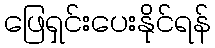
ဖြေရှင်းပေးနိုင်ရန်